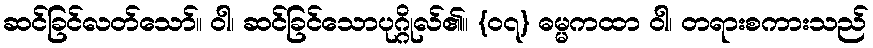
ဆင်ခြင်လတ်သော်။ ဝါ၊ ဆင်ခြင်သောပုဂ္ဂိုလ်၏။ {၀၇} ဓမ္မကထာ ဝါ၊ တရားစကားသည်